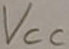
Text: VCC